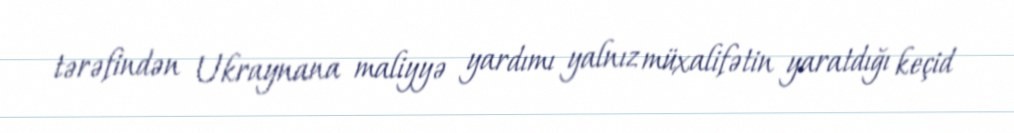
tərəfindən Ukraynana maliyyə yardımı yalnız müxalifətin yaratdığı keçid